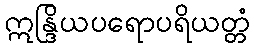
ဣန္ဒြိယပရောပရိယတ္တံ